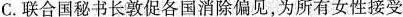
C.联合国秘书长敦促各国消除偏见，为所有女性接受